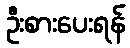
ဦးစားပေးရန်